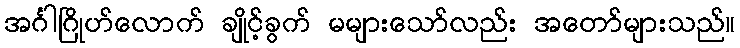
အင်္ဂါဂြိုဟ်လောက် ချိုင့်ခွက် မများသော်လည်း အတော်များသည်။